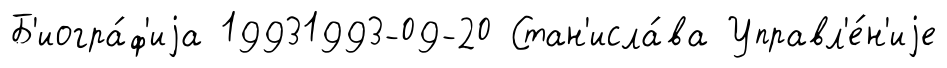
Б'иогра́ф'иjа 19931993-09-20 Стан'исла́ва Управл'е́н'иjе